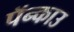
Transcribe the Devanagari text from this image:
पॅन्काउ